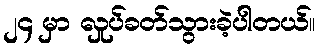
၂၄ မှာ လှုပ်ခတ်သွားခဲ့ပါတယ်။